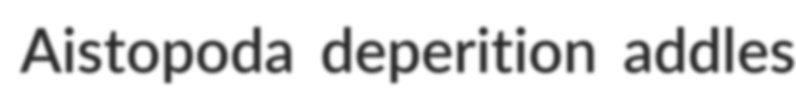
Aistopoda deperition addles